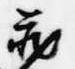
蔵